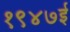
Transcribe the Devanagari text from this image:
१९४७ई